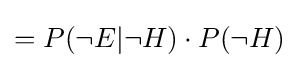
=P(\neg E|\neg H)\cdot P(\neg H)